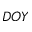
D O Y